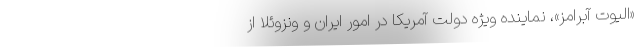
«الیوت آبرامز»، نماینده ویژه دولت آمریکا در امور ایران و ونزوئلا از